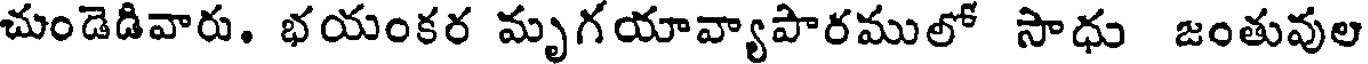
చుండెడివారు. భయంకర మృగయావ్యాపారములో సాధు జంతువుల